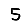
Digit: 5